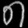
Digit: ၈